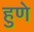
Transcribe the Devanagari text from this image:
हुणे